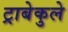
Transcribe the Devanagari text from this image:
ट्राबेकुले